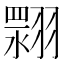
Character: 𮋏